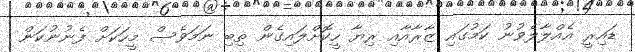
ޑައިރީ އެއްލާލެވުނު ކަމުގައި ޒާރާއާއި ރިޔާ ހީކޮށްލައިގެން ތިބި ނަމަވެސް މީހަކަށް ފެނުނުކަން